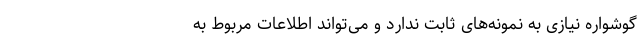
گوشواره نیازی به نمونه‌های ثابت ندارد و می‌تواند اطلاعات مربوط به